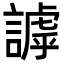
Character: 謼